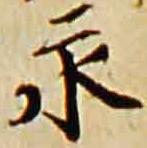
永